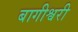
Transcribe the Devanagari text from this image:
बागीश्वरी